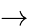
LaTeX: \xrightarrow{}